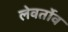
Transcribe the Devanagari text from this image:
लेवर्तोव